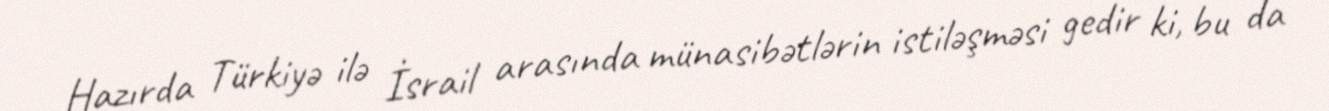
Hazırda Türkiyə ilə İsrail arasında münasibətlərin istiləşməsi gedir ki, bu da